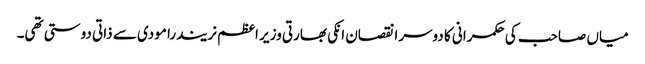
میاں صاحب کی حکمرانی کا دوسرا نقصان انکی بھارتی وزیر اعظم نریندرا مودی سے ذاتی دوستی تھی۔